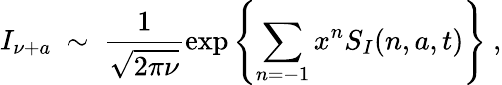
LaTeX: I_{\nu+a}\ \sim\ \frac{1}{\sqrt{2\pi\nu}}\exp\left\{ \sum_{n=-1}x^{n}S_{I}(n,a,t)\right\} \ ,